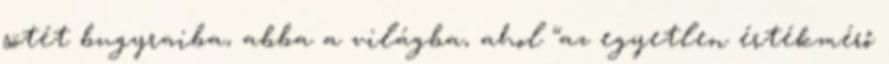
sötét bugyraiba, abba a világba, ahol “az egyetlen értékmérő